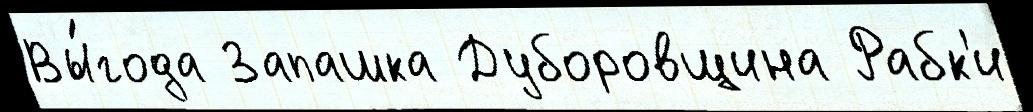
Вы́года Запашка Дуборовщина Рабк'и